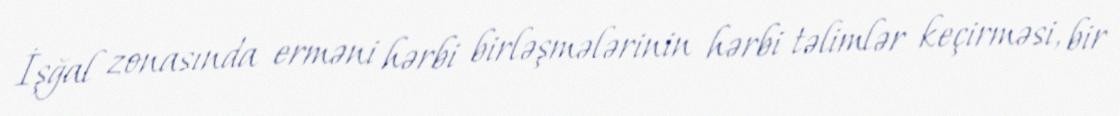
İşğal zonasında erməni hərbi birləşmələrinin hərbi təlimlər keçirməsi, bir